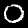
Label: 0